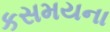
કસમયના